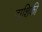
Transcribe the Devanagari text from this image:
दाशिकी